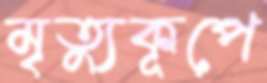
মৃত্যুকূপে